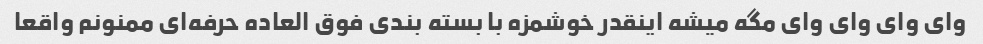
وای وای وای وای مگه میشه اینقدر خوشمزه با بسته بندی فوق العاده حرفه‌ای ممنونم واقعا